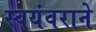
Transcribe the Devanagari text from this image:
स्वयंवराने